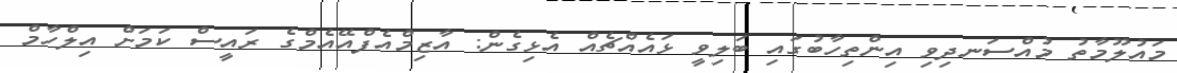
މައުލޫމާތު މުއްސަނދިވި އިންތިހާބުގައި ބަލިވީ ޅައެއްޗެއް އެޅިގެން: އާޒިމްއެފްއޭއެމްގެ ރައީސް ކަމަށް އިލްހާމް